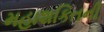
મહાશકિતની